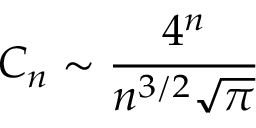
C _ { n } \sim { \frac { 4 ^ { n } } { n ^ { 3 / 2 } { \sqrt { \pi } } } }